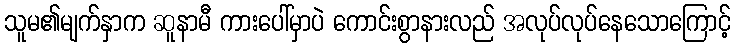
သူမ၏မျက်နှာက ဆူနာမီ ကားပေါ်မှာပဲ ကောင်းစွာနားလည် အလုပ်လုပ်နေသောကြောင့်